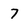
Character: 7